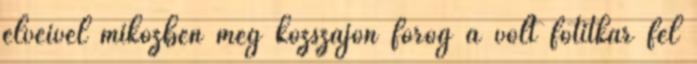
elveivel miközben még közszájon forog a volt főtitkár fél